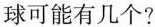
球可能有几个?